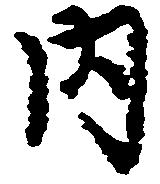
内